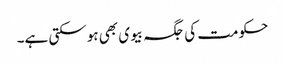
حکومت کی جگہ بیوی بھی ہوسکتی ہے۔